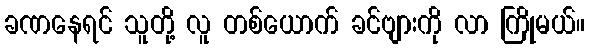
ခဏနေရင် သူတို့ လူ တစ်ယောက် ခင်ဗျားကို လာ ကြိုမယ်။